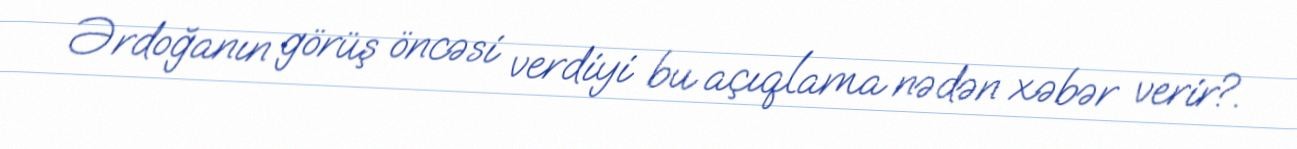
Ərdoğanın görüş öncəsi verdiyi bu açıqlama nədən xəbər verir?.